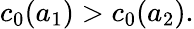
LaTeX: c_{0}(a_{1})>c_{0}(a_{2}).